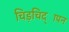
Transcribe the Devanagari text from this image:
चिड़चिद्ापन